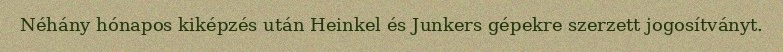
Néhány hónapos kiképzés után Heinkel és Junkers gépekre szerzett jogosítványt.